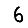
Digit: 6